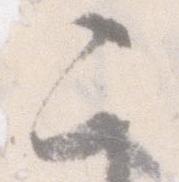
二